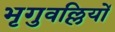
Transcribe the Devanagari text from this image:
भृगुवल्लियों